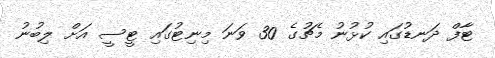
ޓާފް ދަނޑުގައި ކުޅުނު މެޗުގެ 30 ވަނަ މިނިޓުގައި ޓީސީ އަށް ލިބުނު